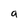
Character: a